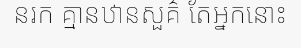
នរក គ្មានឋានសួគ៌ តែអ្នកនោះ